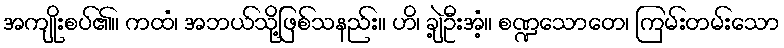
အကျိုးစပ်၏။ ကထံ၊ အဘယ်သို့ဖြစ်သနည်း။ ဟိ၊ ချဲ့ဦးအံ့။ စဏ္ဍသောတေ၊ ကြမ်းတမ်းသော